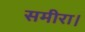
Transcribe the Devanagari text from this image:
समीरा।